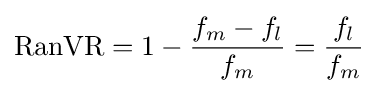
\operatorname {RanVR} =1-{\frac {f_{m}-f_{l}}{f_{m}}}={\frac {f_{l}}{f_{m}}}